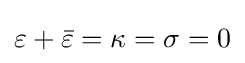
\varepsilon +{\bar {\varepsilon }}=\kappa =\sigma =0